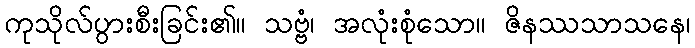
ကုသိုလ်ပွားစီးခြင်း၏။ သဗ္ဗံ၊ အလုံးစုံသော။ ဇိနဿသာသနေ၊